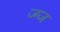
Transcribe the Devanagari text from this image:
ज्ग्ज